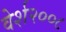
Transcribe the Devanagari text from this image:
वेर्श२००८